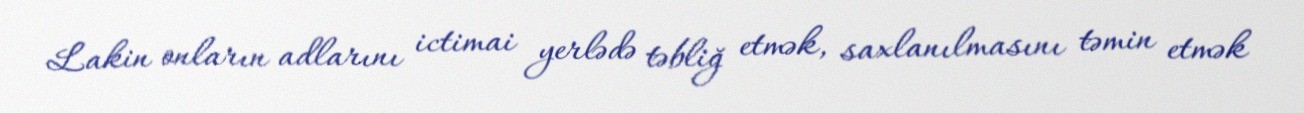
Lakin onların adlarını ictimai yerlədə təbliğ etmək, saxlanılmasını təmin etmək